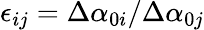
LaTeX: \epsilon_{ij}=\Delta\alpha_{0i}/\Delta\alpha_{0j}